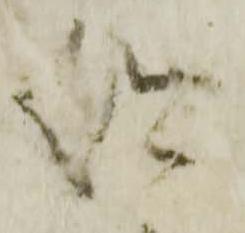
仰